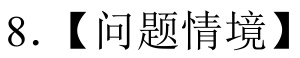
8. 【问题情境】